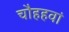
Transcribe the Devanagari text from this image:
चौहहवां